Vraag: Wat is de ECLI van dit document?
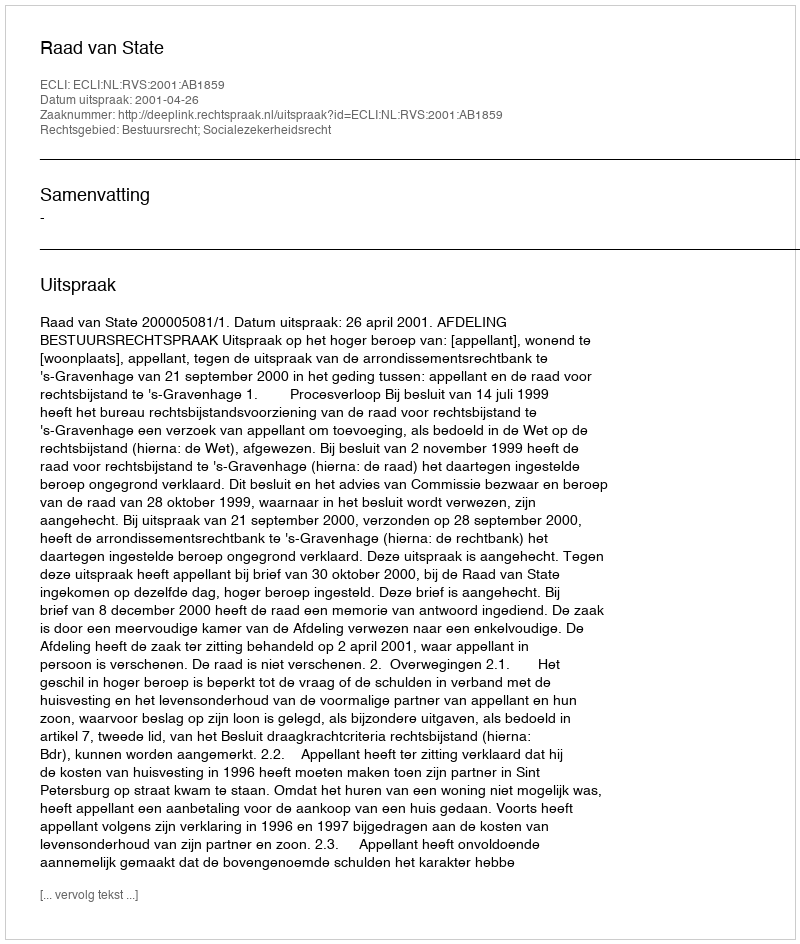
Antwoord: ECLI:NL:RVS:2001:AB1859